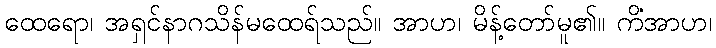
ထေရော၊ အရှင်နာဂသိန်မထေရ်သည်။ အာဟ၊ မိန့်တော်မူ၏။ ကိံအာဟ၊